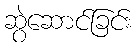
ဆွဲဆောင်ခြင်း